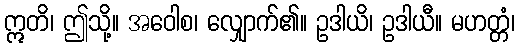
ဣတိ၊ ဤသို့။ အဝေါစ၊ လျှောက်၏။ ဥဒါယိ၊ ဥဒါယီ။ မဟတ္တံ၊